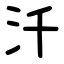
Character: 汘